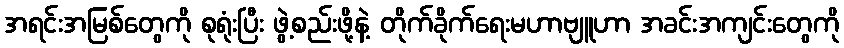
အရင်းအမြစ်တွေကို စုရုံးပြီး ဖွဲ့စည်းဖို့နဲ့ တိုက်ခိုက်ရေးမဟာဗျူဟာ အခင်းအကျင်းတွေကို